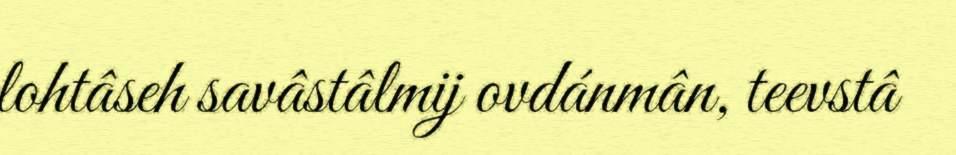
lohtâseh savâstâlmij ovdánmân, teevstâ